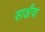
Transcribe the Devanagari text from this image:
साक्षीचा